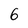
Character: 6